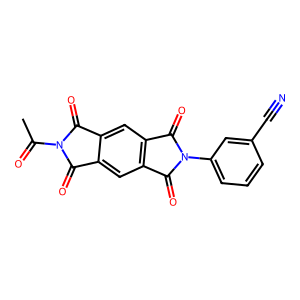
SMILES: CC(=O)n1c(=O)c2cc3c(=O)n(-c4cccc(C#N)c4)c(=O)c3cc2c1=O
Inhibits HIV replication: No